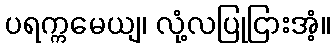
ပရက္ကမေယျ၊ လုံ့လပြုငြားအံ့။